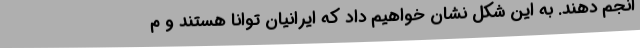
انجم دهند. به این شکل نشان خواهیم داد که ایرانیان توانا هستند و م